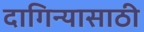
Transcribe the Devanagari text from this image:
दागिन्यासाठी